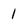
Character: 1